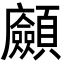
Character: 𩖆